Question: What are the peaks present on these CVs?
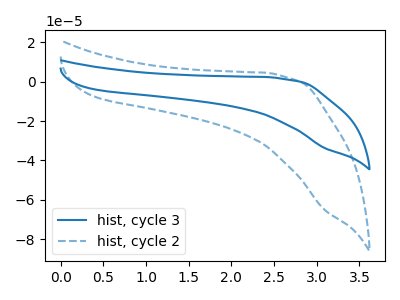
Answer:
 <answer>The blue curve "hist, cycle 3" has no peaks. The blue dashed curve "hist, cycle 2" has no peaks.</answer>
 <eval></eval>